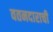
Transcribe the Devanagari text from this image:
वतनदाराची